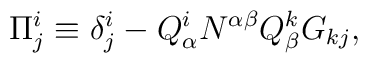
\Pi^i_j\equiv \delta^i_j - Q^i_\alpha N^{\alpha\beta}Q^k_\beta G_{kj},